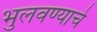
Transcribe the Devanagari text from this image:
भुलवण्याचे